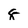
Character: 8